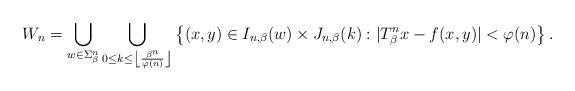
LaTeX: \begin{align*}W_n=\bigcup_{w\in \Sigma_{\beta}^n}\bigcup_{0\leq k\leq \left\lfloor\frac{\beta^n}{\varphi(n)}\right\rfloor}\left\{(x,y)\in I_{n,\beta}(w)\times J_{n,\beta}(k): |T_{\beta}^nx-f(x,y)|<\varphi(n)\right\}.\end{align*}